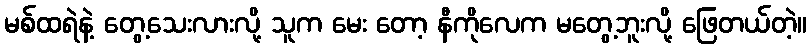
မစ်ထရဲနဲ့ တွေ့သေးလားလို့ သူက မေး တော့ နီကိုလေက မတွေ့ဘူးလို့ ဖြေတယ်တဲ့။